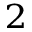
^ 2